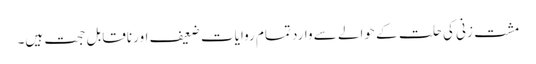
مشت زنی کی حلت کے حوالے سے وارد تمام روایات ضعیف اور ناقابل حجت ہیں۔